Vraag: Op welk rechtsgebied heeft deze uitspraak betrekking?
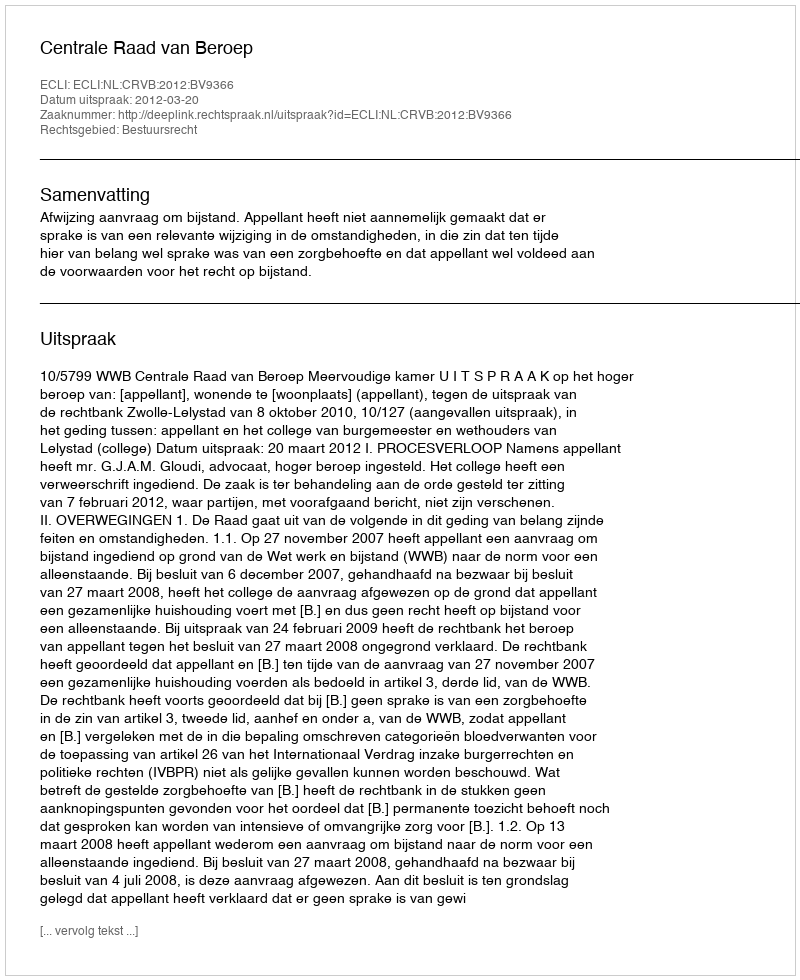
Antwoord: Bestuursrecht